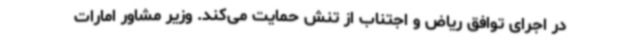
در اجرای توافق ریاض و اجتناب از تنش حمایت می‌کند. وزیر مشاور امارات